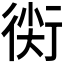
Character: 𧗰